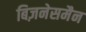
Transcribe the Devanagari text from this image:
बिज़नेसमैन